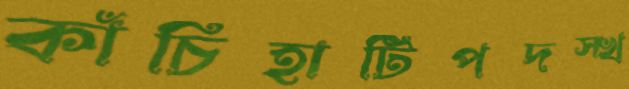
কাঁচিহাটিপদস্খ